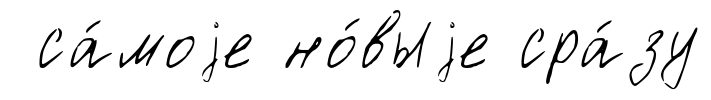
са́моjе но́выjе сра́зу